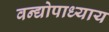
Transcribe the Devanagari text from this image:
वन्द्योपाध्याय